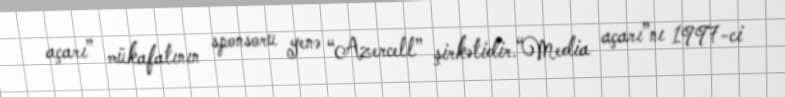
açarı” mükafatının sponsoru yenə “Azercell” şirkətidir.“Media açarı”nı 1997-ci